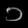
Digit: ၁